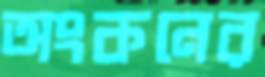
অংকনের